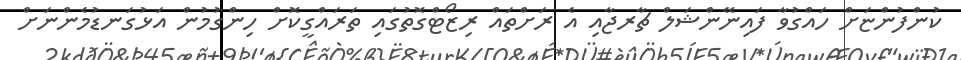
ކުންފުންޏަށް ހައްގުވާ ފައިނޭންޝަލް ޗާރޖާއި އެ ރަށްތައް ރިޒޯޓްގޮތުގައި ތަރައްގީކޮށް ހިންގުމުން އަޅުގަނޑުމެންނަށް